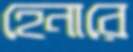
হেনারে